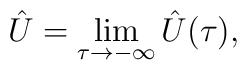
\hat U= \lim_{\tau\to -\infty} \hat U(\tau),